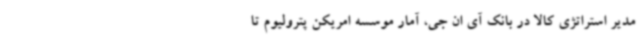
مدیر استراتژی کالا در بانک آی ان جی، آمار موسسه امریکن پترولیوم تا